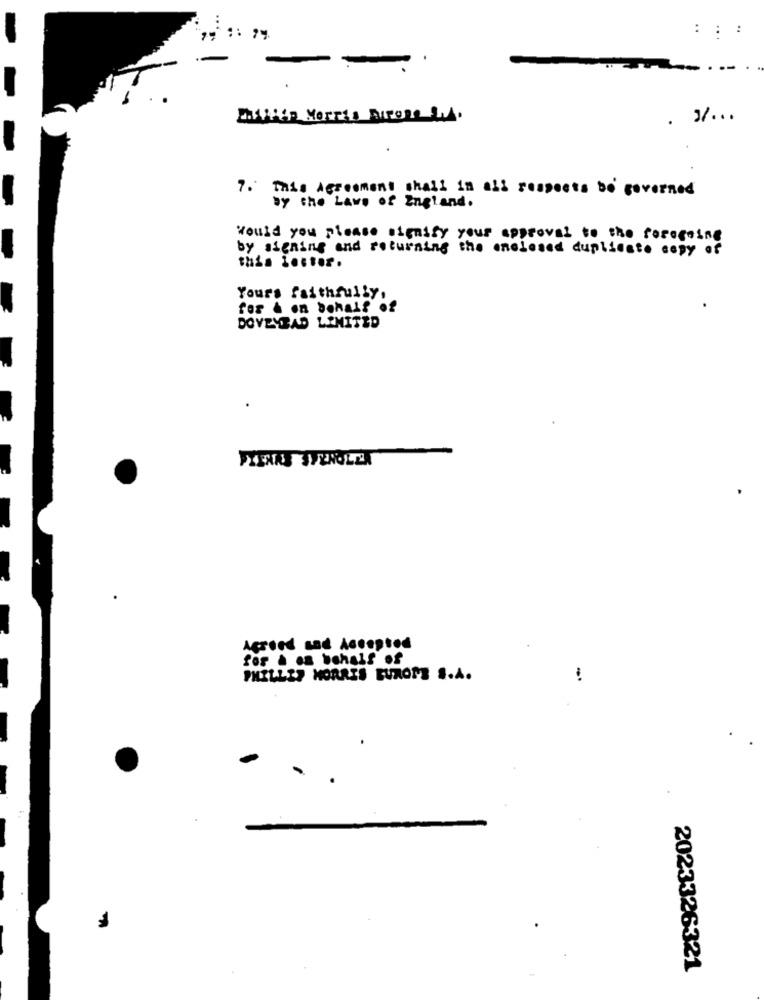
:: :
-
-
M.FFER Morris Arrone LA.
. V ...
7. This Agreement shall in all respects be governed
by the Laws of England.
Would you please signify your approval to the foregoing
by signing and returning the enclosed duplicato copy of
Yours faithfully,
DOVEYBAD LIMITED
PYENKE SPEROLET
Agreed and Accepted
for & os behalf of
PHILLIP MORRIS EUROPE S.A.
2023326321